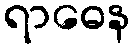
ရာဓေန